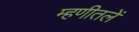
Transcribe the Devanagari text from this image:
म्हणीतलें